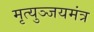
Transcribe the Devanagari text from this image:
मृत्युञ्जयमंत्र